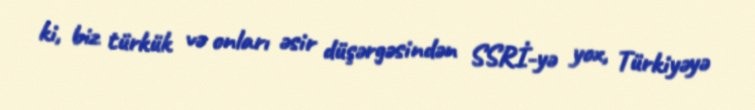
ki, biz türkük və onları əsir düşərgəsindən SSRİ-yə yox, Türkiyəyə